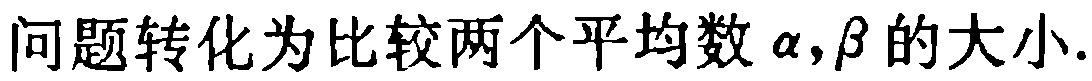
问题转化为比较两个平均数$\alpha,\beta$的大小.